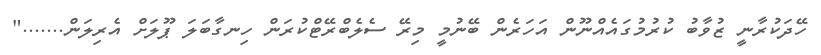
ހޭދަކުރާނީ ޒުވާބު ކުރުމުގައެއްނޫން އަހަރެން ބޭނުމީ މިރޭ ސެލެބްރޭޓްކުރަން ހިނގާބަލަ ޕޫލަށް އެރިލަން......."